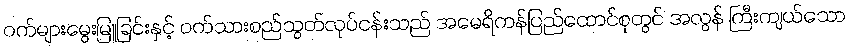
ဝက်များမွေးမြူခြင်းနှင့် ဝက်သားစည်သွတ်လုပ်ငန်းသည် အမေရိကန်ပြည်ထောင်စုတွင် အလွန် ကြီးကျယ်သော